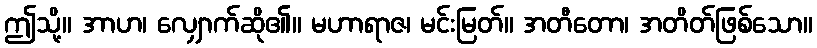
ဤသို့။ အာဟ၊ လျှောက်ဆို၏။ မဟာရာဇ၊ မင်းမြတ်။ အတီတော၊ အတိတ်ဖြစ်သော။